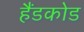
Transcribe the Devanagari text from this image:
हैंडकोड